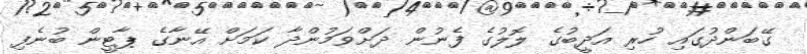
ގޭބަންދުގައި ހުރި އަދީބުގެ ލޮލުގެ ފެނުން ދަށްވަމުންދާ ކަމަށް އޭނާގެ ޕާޓީން ބުނެފި